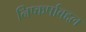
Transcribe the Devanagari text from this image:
निष्कर्षाबद्दल